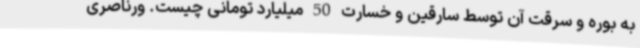
به بوره و سرقت آن توسط سارقین و خسارت 50 میلیارد تومانی چیست. ورناصری